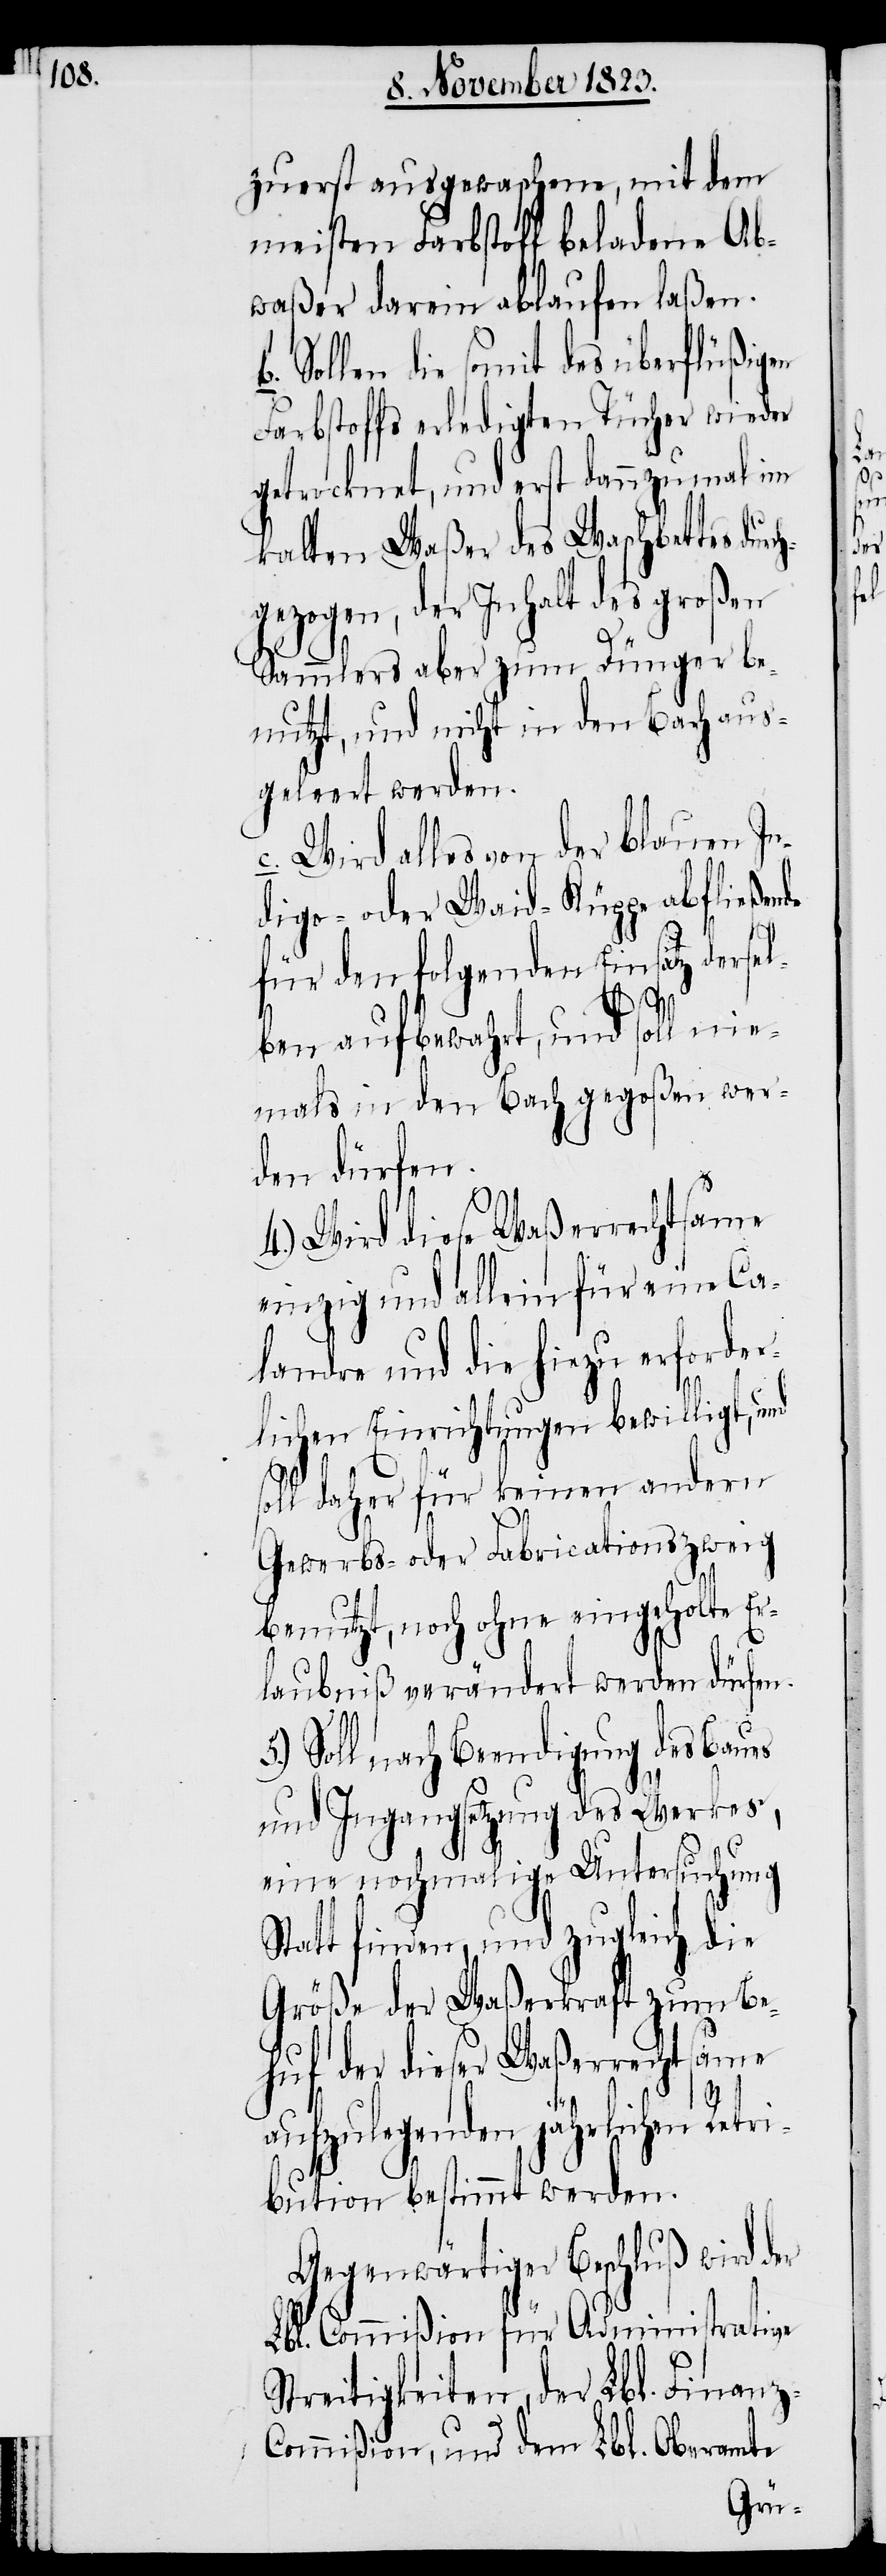
zuerst ausgewaschene, mit dem
meisten Farbstoff beladene Ab¬
waßer darein ablaufen laßen.
Sollen die somit des überflüßigen
Farbstoffs erledigten Tücher wieder
getrocknet, und erst dannzumal im
kalten Waßer des Waschbettes dur¬
hgezogen, der Inhalt des großen
Sammlers aber zum Dünger be¬
nutzt, und nicht in den Bach aus¬
geleert werden.
c. Wird alles von der blauen In¬
digo- oder Waid-Küppe abfließende
für den folgenden Einsatz derse¬
lben aufbewahrt, und soll nie¬
mals in den Bach gegoßen wer¬
den dürfen.
4.) Wird diese Waßerrechtsame
einzig und allein für eine Ca¬
landre und die hiezu erforder¬
lichen Einrichtungen bewilligt,
soll daher für keinen andern
Gewerbs- oder Fabricationszweig
benutzt, noch ohne eingeholte Er¬
laubniß verändert werden dürfen.
5.) Soll nach Beendigung des Baues
und Ingangsetzung des Werkes,
eine nochmalige Untersuchung
Statt finden, und zugleich die
Größe der Waßerkraft zum Be¬
huf der dieser Waßerrechtsame
c¬
aufzulegenden jährlichen Retri¬
bution bestimmt werden.
Gegenwärtiger Beschluß wird der
Lbl. Commißion für Administrative
Streitigkeiten, der Lbl. Finanz-C¬
ommißion, und dem Lbl. Oberamte